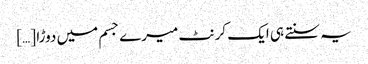
یہ سنتے ہی ایک کرنٹ میرے جسم میں دوڑا […]